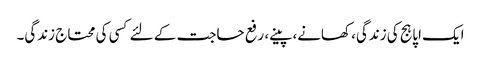
ایک اپاہج کی زندگی، کھانے، پینے، رفع حاجت کے لئے کسی کی محتاج زندگی۔